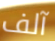
آلف